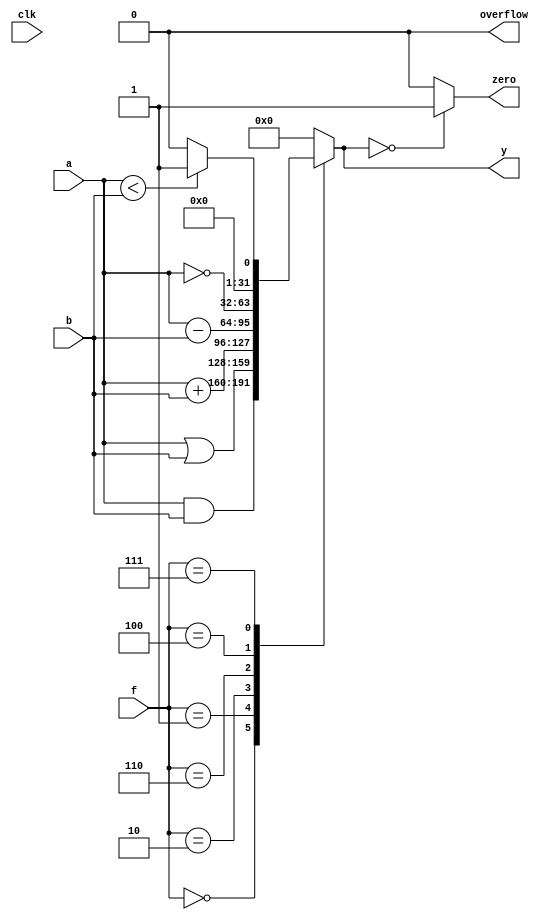
`timescale 1ns / 1ps
//////////////////////////////////////////////////////////////////////////////////
// Company: 
// Engineer: 
// 
// Design Name: 
// Module Name: alu
// Project Name: 
// Target Devices: 
// Tool Versions: 
// Description: 
// 
// Dependencies: 
// 
// Revision:
// Revision 0.01 - File Created
// Additional Comments:
// 
//////////////////////////////////////////////////////////////////////////////////


module alu_always(
    input wire clk,
    input wire [31:0] a,
    input wire [31:0] b,
    input wire [2:0] f,
    output reg [31:0] y,
    output wire overflow, zero
    );
always@(*) begin
    case(f)
        3'b000: y <= a&b;
        3'b001: y <= a|b;
        3'b010: y <= a + b;
        3'b110: y <= a - b;
        3'b100: y <= ~a;
        3'b111: y <= (a < b)?1:0;
        default:y <= 32'b0;
    endcase
end
assign zero = (y == 0)? 32'h00000001:32'h00000000;
assign overflow = 1'b0;
endmodule

//module alu_always(
//    input wire clk,
//	input wire[31:0] a,b,
//	input wire[2:0] f,
//	output reg[31:0] y,
//	output reg overflow,
//	output wire zero
//    );

//	wire[31:0] s,bout;
//	assign bout = f[2] ? ~b : b;
//	assign s = a + bout + f[2];
//	always @(*) begin
//		case (f[1:0])
//			2'b00: y <= a & bout;
//			2'b01: y <= a | bout;
//			2'b10: y <= s;
//			2'b11: y <= s[31];
//			default : y <= 32'b0;
//		endcase	
//	end
//	assign zero = (y == 32'b0);

//	always @(*) begin
//		case (f[2:1])
//			2'b01:overflow <= a[31] & b[31] & ~s[31] |
//							~a[31] & ~b[31] & s[31];
//			2'b11:overflow <= ~a[31] & b[31] & s[31] |
//							a[31] & ~b[31] & ~s[31];
//			default : overflow <= 1'b0;
//		endcase	
//		$display("alu, zero:%b, a:%b, b:%b, f:%b",zero,a,b,f);
//	end
//endmodule